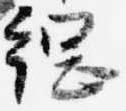
綱